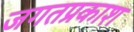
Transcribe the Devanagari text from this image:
जगतप्रकाश